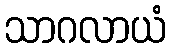
သာဂလာယံ